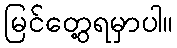
မြင်တွေ့ရမှာပါ။